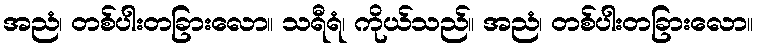
အညံ၊ တစ်ပါးတခြားလော။ သရီရံ၊ ကိုယ်သည်။ အညံ၊ တစ်ပါးတခြားလော။